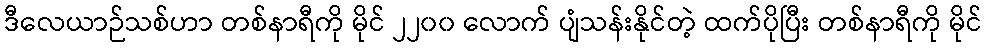
ဒီလေယာဉ်သစ်ဟာ တစ်နာရီကို မိုင် ၂၂၀၀ လောက် ပျံသန်းနိုင်တဲ့ ထက်ပိုပြီး တစ်နာရီကို မိုင်